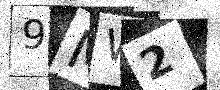
Text: 9MW2